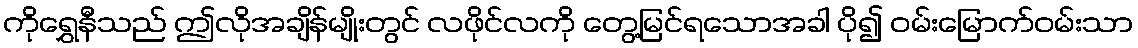
ကိုရွှေနီသည် ဤလိုအချိန်မျိုးတွင် လဖိုင်လကို တွေ့မြင်ရသောအခါ ပို၍ ဝမ်းမြောက်ဝမ်းသာ